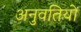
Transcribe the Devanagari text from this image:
अनुवतियों